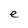
Character: e